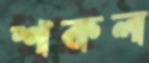
শকল